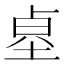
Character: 𱖻